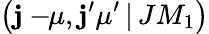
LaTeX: \left(\mathbf{j}-\! \! \mu,\mathbf{j}^{\prime}\mu^{\prime}\, |\, JM_{1}\right)